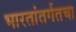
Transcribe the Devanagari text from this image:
भारतांतर्गतचा